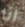
انا